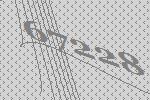
67228